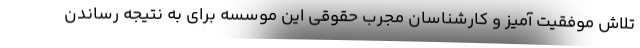
تلاش موفقیت آمیز و کارشناسان مجرب حقوقی این موسسه برای به نتیجه رساندن